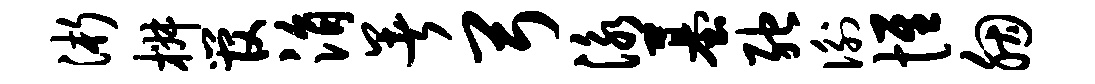
浙椒管涓暑弓泳墓弛衡惟胭